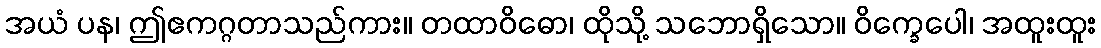
အယံ ပန၊ ဤဧကဂ္ဂတာသည်ကား။ တထာဝိဓော၊ ထိုသို့ သဘောရှိသော။ ဝိက္ခေပေါ၊ အထူးထူး